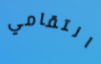
انتقامي